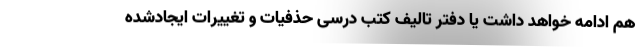
هم ادامه خواهد داشت یا دفتر تالیف کتب درسی حذفیات و تغییرات ایجادشده